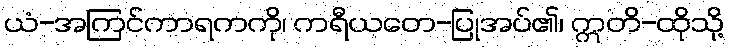
ယံ-အကြင်ကာရကကို၊ ကရီယတေ-ပြုအပ်၏၊ ဣတိ-ထိုသို့